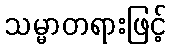
သမ္မာတရားဖြင့်